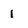
Character: 1